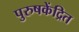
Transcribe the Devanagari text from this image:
पुरुषकेंद्रित